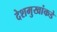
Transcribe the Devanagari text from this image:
देशमुखांकडे